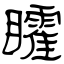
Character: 矐